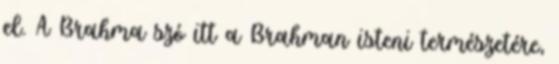
el. A Brahma szó itt a Brahman isteni természetére,